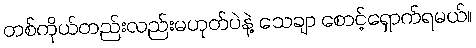
တစ်ကိုယ်တည်းလည်းမဟုတ်ပဲနဲ့ သေချာ စောင့်ရှောက်ရမယ်။